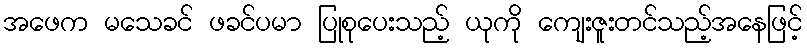
အဖေက မသေခင် ဖခင်ပမာ ပြုစုပေးသည့် ယုကို ကျေးဇူးတင်သည့်အနေဖြင့်